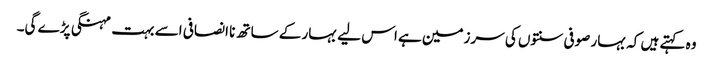
وہ کہتے ہیں کہ بہار صوفی سنتوں کی سرزمین ہے اس لیے بہار کے ساتھ نا انصافی اسے بہت مہنگی پڑے گی۔